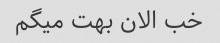
خب الان بهت میگم